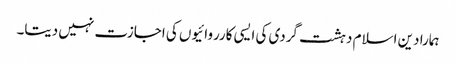
ہمارا دین اسلام دہشت گردی کی ایسی کارروائیوں کی اجازت نہیں دیتا۔